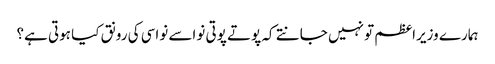
ہمارے وزیراعظم تو نہیں جانتے کہ پوتے پوتی نواسے نواسی کی رونق کیا ہوتی ہے؟